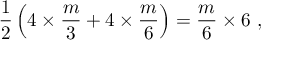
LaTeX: \frac { 1 } { 2 } \left( 4 \times \frac { m } { 3 } + 4 \times \frac { m } { 6 } \right) = \frac { m } { 6 } \times 6 ~ ,